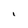
Character: 1